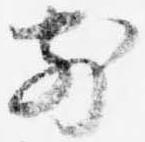
前